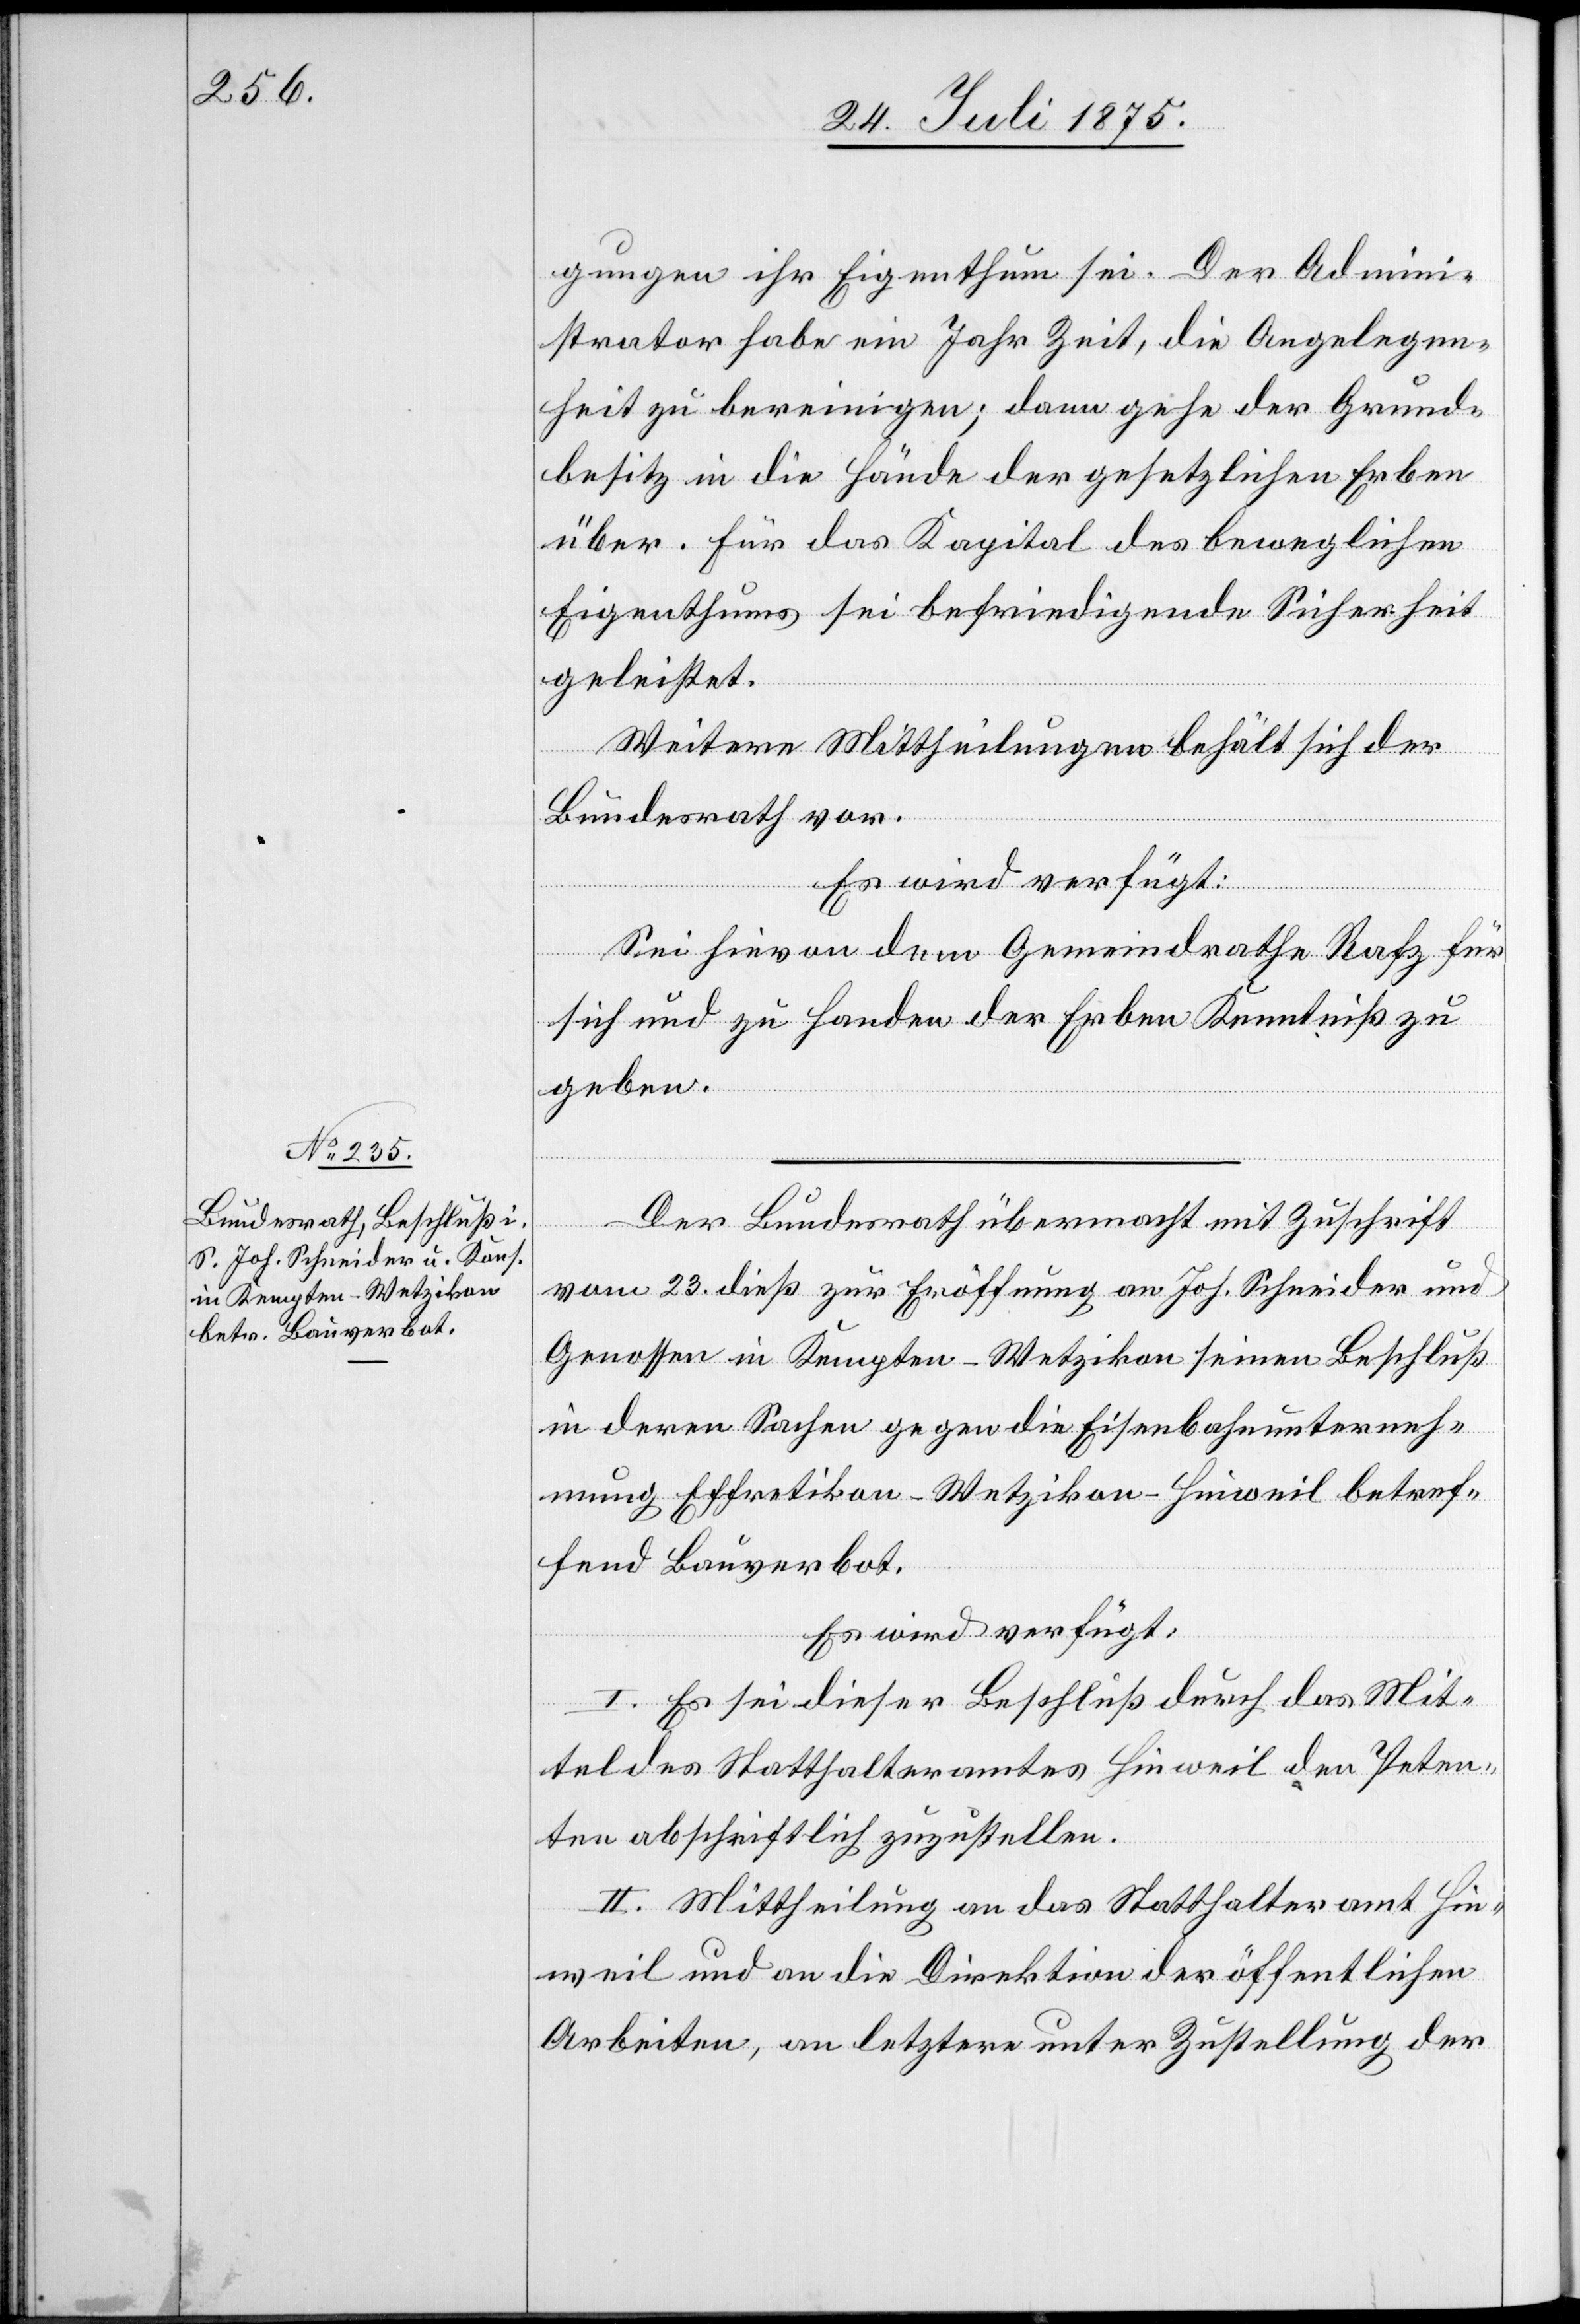
26. Juli 1875.]
gungen ihr Eigenthum sei. Der Admini¬
strator habe ein Jahr Zeit, die Angelegen¬
heit zu bereinigen; dann gehe der Grund¬
besitz in die Hände der gesetzlichen Erben
über. Für das Kapital des beweglichen
Eigenthums sei befriedigende Sicherheit
ial-Verfügungen.
geleistet.
Weitere Mittheilungen behält sich der
Bundesrath vor.
Es wird verfügt:
Sei hievon dem Gemeindrathe Rafz für
sich und zu Handen der Erben Kenntniß zu
geben.
Der Bundesrath übermacht mit Zuschrift
vom 23. dieß zur Eröffnung an Joh. Schneider und
Genossen in Kempten - Wetzikon seinen Beschluß
in deren Sachen gegen die Eisenbahnunterneh¬
mung Effretikon–Wetzikon–Hinweil betref¬
fend Bauverbot.
Es wird verfügt:
I. Es sei dieser Beschluß durch das Mit¬
tel des Statthalteramtes Hinweil den Peten¬
ten absichtlich zuzustellen.
II. Mittheilung an das Statthalteramt Hin¬
weil und an die Direktion der öffentlichen
Arbeiten, an letztere unter Zustellung der